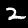
Label: 2